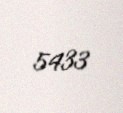
5433